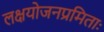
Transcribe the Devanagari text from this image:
लक्षयोजनप्रमिताः